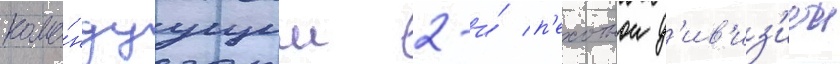
кома́ндуущим 2-и́ п'ехотнои д'ив'из'иеи